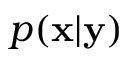
p ( \mathbf { x } | \mathbf { y } )